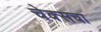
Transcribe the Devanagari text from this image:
चेक्सचा